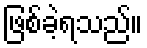
ဖြစ်ခဲ့ရသည်။